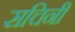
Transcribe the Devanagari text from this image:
सचिनी